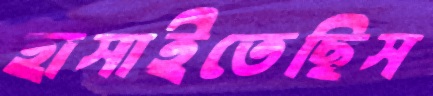
হাসাইতেছিস